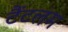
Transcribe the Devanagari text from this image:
टैंटलम